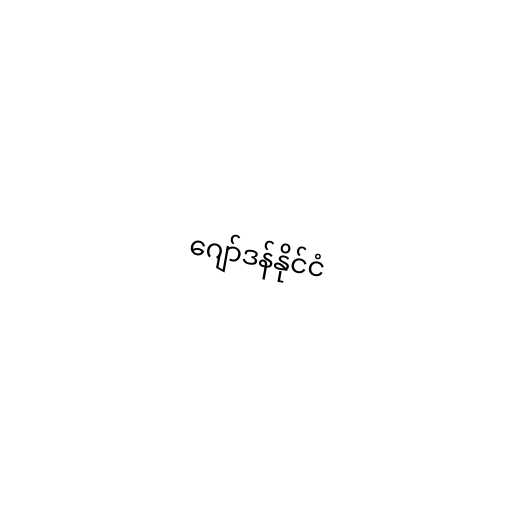
ဂျော်ဒန်နိုင်ငံ